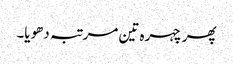
پھر چہرہ تین مرتبہ دھویا۔